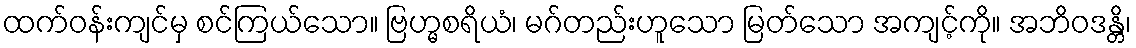
ထက်ဝန်းကျင်မှ စင်ကြယ်သော။ ဗြဟ္မစရိယံ၊ မဂ်တည်းဟူသော မြတ်သော အကျင့်ကို။ အဘိဝဒန္တိ၊